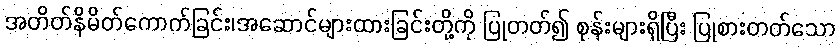
အတိတ်နိမိတ်ကောက်ခြင်း၊အဆောင်များထားခြင်းတို့ကို ပြုတတ်၍ စုန်းများရှိပြီး ပြုစားတတ်သော